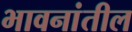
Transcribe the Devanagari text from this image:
भावनांतील